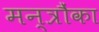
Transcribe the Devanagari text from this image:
मन्त्रौंका